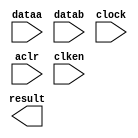
module sub32 (
	dataa,
	datab,
	clock,
	aclr,
	clken,
	result)/* synthesis synthesis_clearbox = 1 */;

	input	[31:0]  dataa;
	input	[31:0]  datab;
	input	  clock;
	input	  aclr;
	input	  clken;
	output	[31:0]  result;

endmodule